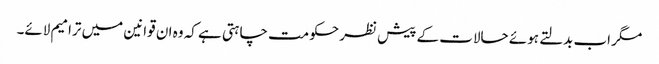
مگر اب بدلتے ہوئے حالات کے پیش نظر حکومت چاہتی ہے کہ وہ ان قوانین میں ترامیم لائے۔